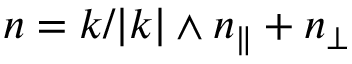
n = k / | k | \wedge n _ { \| } + n _ { \perp }